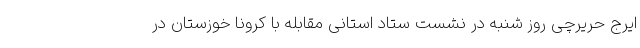
ایرج حریرچی روز شنبه در نشست ستاد استانی مقابله با کرونا خوزستان در